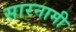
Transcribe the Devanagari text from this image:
सारनामी